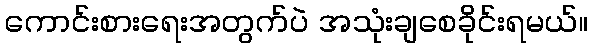
ကောင်းစားရေးအတွက်ပဲ အသုံးချစေခိုင်းရမယ်။